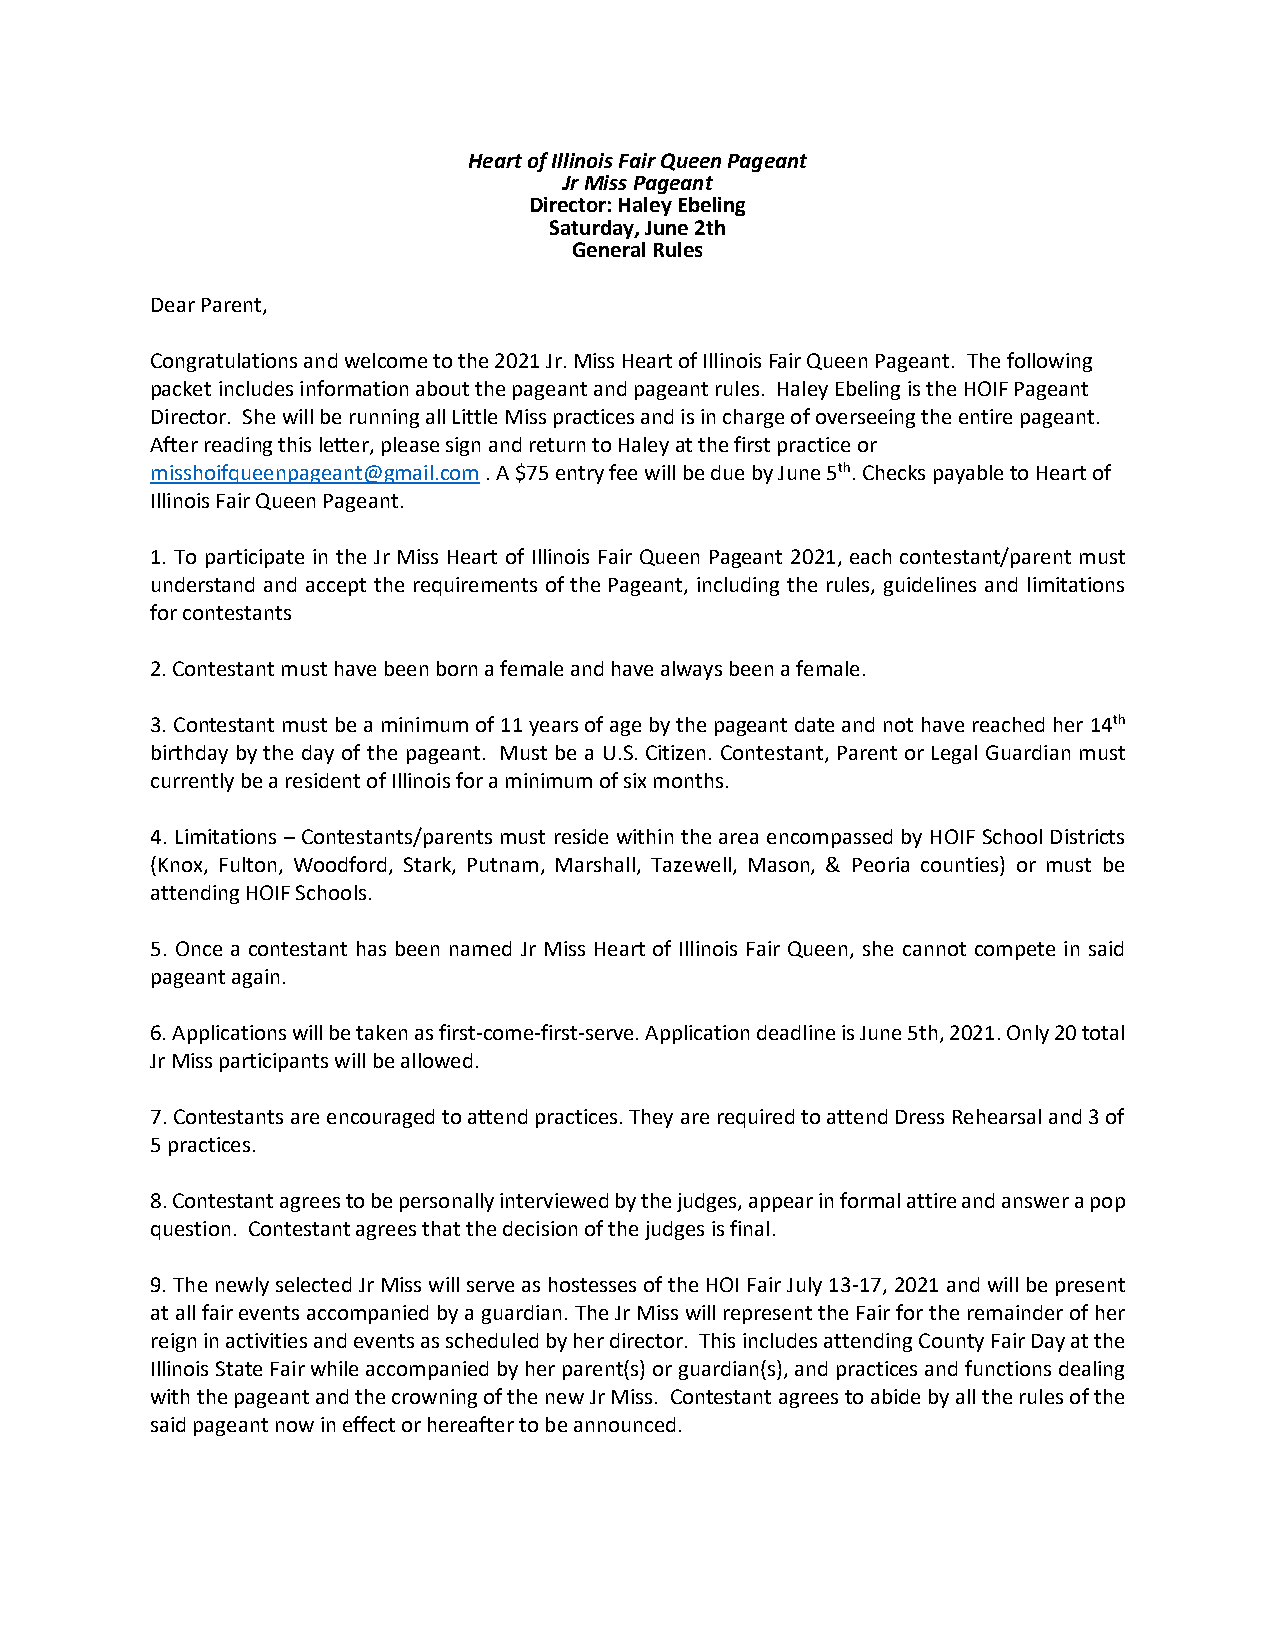
Heart of Illinois Fair Queen Pageant
 Jr Miss Pageant
 Director: Haley Ebeling
 Saturday, June 2th
 General Rules
 Dear Parent,
 Congratulations and welcome to the 2021 Jr. Miss Heart of Illinois Fair Queen Pageant. The following
 packet includes information about the pageant and pageant rules. Haley Ebeling is the HOIF Pageant
 Director. She will be running all Little Miss practices and is in charge of overseeing the entire pageant.
 After reading this letter, please sign and return to Haley at the first practice or
 misshoifqueenpageant@gmail.com . A $75 entry fee will be due by June 5th. Checks payable to Heart of
 Illinois Fair Queen Pageant.
 1. To participate in the Jr Miss Heart of Illinois Fair Queen Pageant 2021, each contestant/parent must
 understand and accept the requirements of the Pageant, including the rules, guidelines and limitations
 for contestants
 2. Contestant must have been born a female and have always been a female.
 3. Contestant must be a minimum of 11 years of age by the pageant date and not have reached her 14th
 birthday by the day of the pageant. Must be a U.S. Citizen. Contestant, Parent or Legal Guardian must
 currently be a resident of Illinois for a minimum of six months.
 4. Limitations – Contestants/parents must reside within the area encompassed by HOIF School Districts
 (Knox, Fulton, Woodford, Stark, Putnam, Marshall, Tazewell, Mason, & Peoria counties) or must be
 attending HOIF Schools.
 5. Once a contestant has been named Jr Miss Heart of Illinois Fair Queen, she cannot compete in said
 pageant again.
 6. Applications will be taken as first-come-first-serve. Application deadline is June 5th, 2021. Only 20 total
 Jr Miss participants will be allowed.
 7. Contestants are encouraged to attend practices. They are required to attend Dress Rehearsal and 3 of
 5 practices.
 8. Contestant agrees to be personally interviewed by the judges, appear in formal attire and answer a pop
 question. Contestant agrees that the decision of the judges is final.
 9. The newly selected Jr Miss will serve as hostesses of the HOI Fair July 13-17, 2021 and will be present
 at all fair events accompanied by a guardian. The Jr Miss will represent the Fair for the remainder of her
 reign in activities and events as scheduled by her director. This includes attending County Fair Day at the
 Illinois State Fair while accompanied by her parent(s) or guardian(s), and practices and functions dealing
 with the pageant and the crowning of the new Jr Miss. Contestant agrees to abide by all the rules of the
 said pageant now in effect or hereafter to be announced.